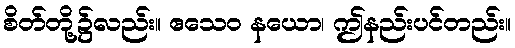
စိတ်တို့၌လည်း။ ဧသေဝ နယော၊ ဤနည်းပင်တည်း။